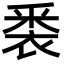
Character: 𮖈